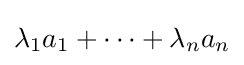
\lambda _{1}a_{1}+\dots +\lambda _{n}a_{n}